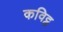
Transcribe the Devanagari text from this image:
कविट्ठ